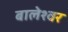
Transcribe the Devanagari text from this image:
बालेश्‍वर